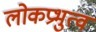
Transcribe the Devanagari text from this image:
लोकप्रभुत्व